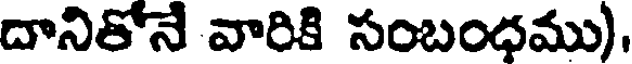
దానితోనే వారికి సంబంధము),